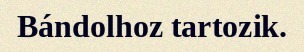
Bándolhoz tartozik.